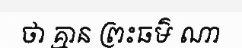
ថា គ្មាន ព្រះធម៌ ណា